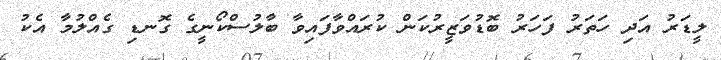
ލީޑަރު އަދި ހަތަރު ފަހަރު ބޮޑުވަޒީރުކަން ކުރައްވާފައިވާ ބާުލުސްކޯނީގެ ގޮނޑި ގެެއްލުމާ އެކު